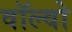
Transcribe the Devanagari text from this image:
वॉल्‍वो